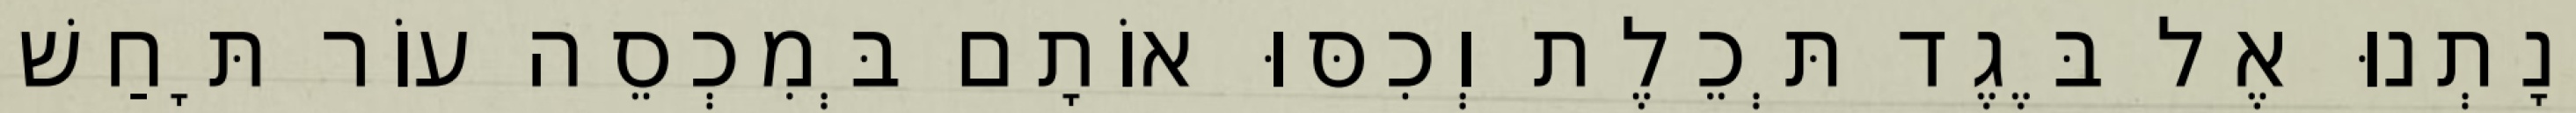
וְנָתְנוּ אֶל בֶּגֶד תְּכֵלֶת וְכִסּוּ אוֹתָם בְּמִכְסֵה עוֹר תָּחַשׁ